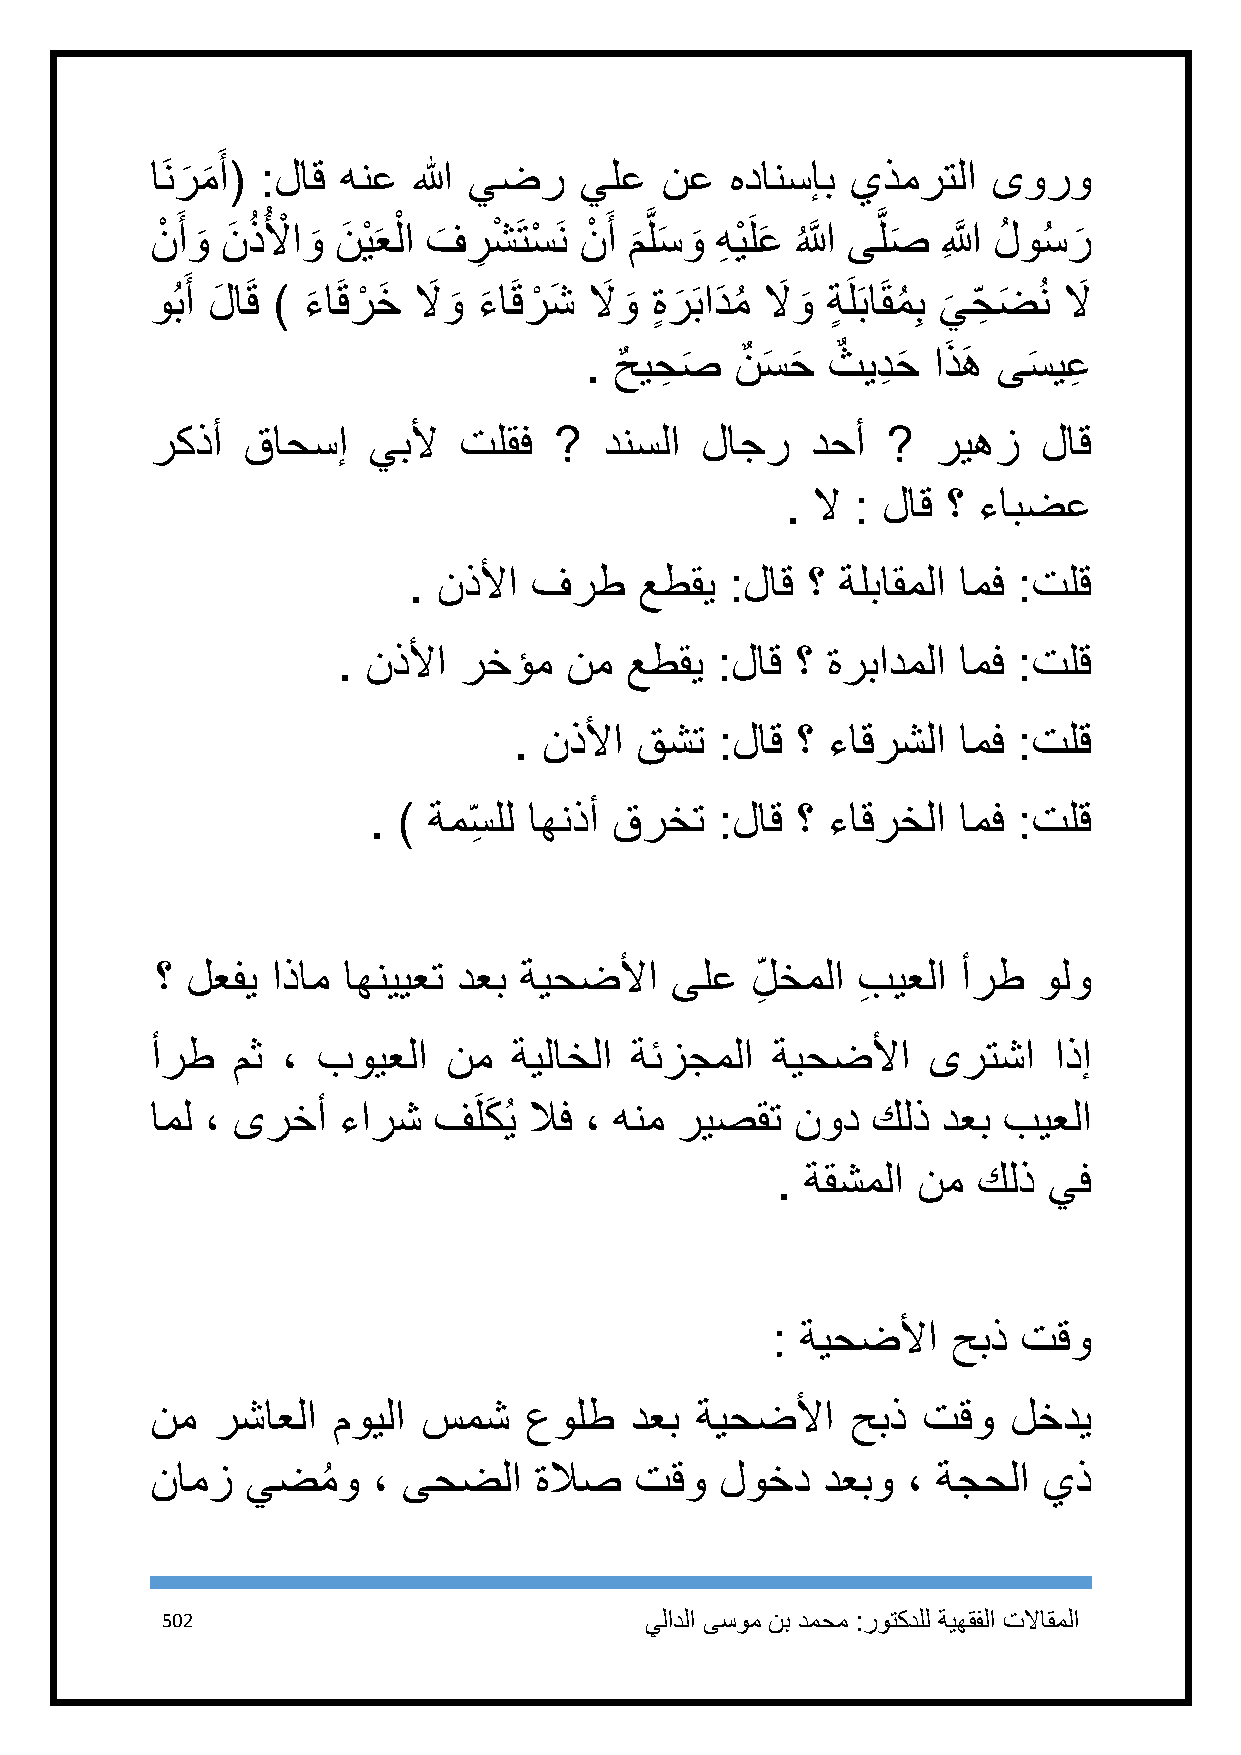
َ
 اَن رمأ( :لاق هنع الله يضر  يلع   نع  هدانسإب يذمرتلا   ىورو
 َ َ
 نْ َ أو َ نَ ُ ذُ لأ ْ او َ نَ يْ َعلْ ا ف َ ر ِ شْ َتسْ َن نْ َ أ م َ َّ لسَ و َ هِ يْ َلعَ ُ اللََّّ ىَّ لص َ اللَِّ َّ لُ وسُ ر َ
 وُبَ أ لَ اَق ) ء َ اَقرْ خَ لاَ و َ ء َ اَقرْ شَ لاَ و َ ٍةر َ َبادَ مُ لاَ و َ ةٍ َلَباَقمُ ِب ي َ ح ِ ضَ ُن لا َ
 . حٌ يحِ ص
 َ
 نٌ سَ حَ ثٌ يدِ حَ اذَ هَ ىسَ يعِ
 ركذأ  قاحسإ   يبلأ  تلقف   ?  دنسلا لاجر    دحأ  ?  ريهز   لاق
 . لا : لاق ؟ ءابضع
 . نذلأا فرط    عطقي  :لاق ؟  ةلباقملا امف :تلق
 . نذلأا رخؤم   نم  عطقي  :لاق  ؟ ةربادملا امف :تلق
 . نذلأا قشت   :لاق ؟ ءاقرشلا امف :تلق
 . ) ةمس ِ لل اهنذأ قرخت :لاق ؟ ءاقرخلا امف :تلق
 ؟ لعفي  اذام اهنييعت دعب ةيحضلأا  ىلع   ل ِ خملا بِ يعلا أرط ولو
 أرط  مث  ، بويعلا   نم  ةيلاخلا ةئزجملا  ةيحضلأا   ىرتشا    اذإ
 امل ، ىرخأ  ءارش   فَلكَ ُي لاف ، هنم ريصقت نود كلذ دعب بيعلا
 . ةقشملا  نم  كلذ يف
 : ةيحضلأا   حبذ  تقو
 نم  رشاعلا  مويلا سمش    عولط   دعب ةيحضلأا   حبذ  تقو   لخدي
 نامز  يضمُ  و  ، ىحضلا   ةلاص   تقو   لوخد  دعبو  ، ةجحلا  يذ
 512                             يلادلا ىسوم نب دمحم :روتكدلل ةيهقفلا تلااقملا